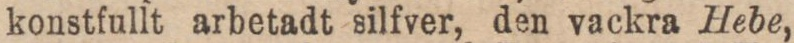
konstfullt arbetadt silfver, den vackra Hebe,